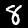
Digit: 8